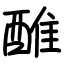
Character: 醀